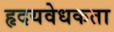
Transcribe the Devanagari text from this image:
हृदयवेधकता